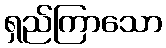
ရှည်ကြာသော